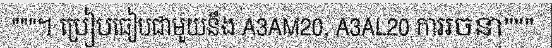
"""។ ប្រៀបធៀបជាមួយនឹង A3AM20, A3AL20 ការរចនា"""